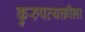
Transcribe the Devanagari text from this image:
कुरुपव्यक्तीला